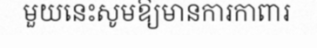
មួយនេះសូមឱ្យមានការកាពារ